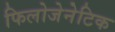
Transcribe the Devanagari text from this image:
फिलोजेनेटिक